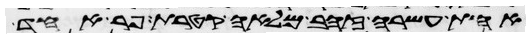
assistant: אחת עשרה זהב מלאה קטרת פר אחד